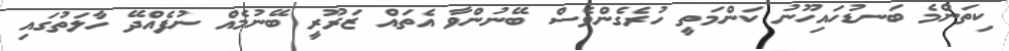
ކިތަންމެ ބަނޑުހައިހޫނު ކަންމަތީ ހުރެގެންވެސް ބޭނުންވާ އެތައް ޒަރޫރީ ބޭނުމެއް ނުފެއްދޭ ހާލަތުގައި